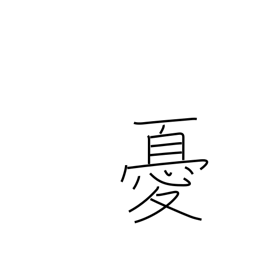
Meaning: unhappy